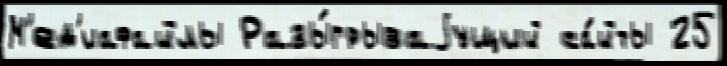
М'ед'иафайлы Разы́грываjущий са́йты 25